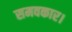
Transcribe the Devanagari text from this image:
समवकार।